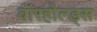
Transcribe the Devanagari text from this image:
वॉरहोल्ड्स